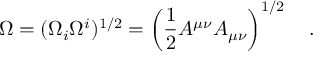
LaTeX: \Omega = ( \Omega _ { i } \Omega ^ { i } ) ^ { 1 / 2 } = \left( \frac 1 2 A ^ { \mu \nu } A _ { \mu \nu } \right) ^ { 1 / 2 } ~ ~ ~ .